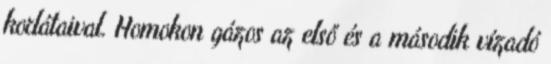
korlátaival. Homokon gázos az első és a második vízadó